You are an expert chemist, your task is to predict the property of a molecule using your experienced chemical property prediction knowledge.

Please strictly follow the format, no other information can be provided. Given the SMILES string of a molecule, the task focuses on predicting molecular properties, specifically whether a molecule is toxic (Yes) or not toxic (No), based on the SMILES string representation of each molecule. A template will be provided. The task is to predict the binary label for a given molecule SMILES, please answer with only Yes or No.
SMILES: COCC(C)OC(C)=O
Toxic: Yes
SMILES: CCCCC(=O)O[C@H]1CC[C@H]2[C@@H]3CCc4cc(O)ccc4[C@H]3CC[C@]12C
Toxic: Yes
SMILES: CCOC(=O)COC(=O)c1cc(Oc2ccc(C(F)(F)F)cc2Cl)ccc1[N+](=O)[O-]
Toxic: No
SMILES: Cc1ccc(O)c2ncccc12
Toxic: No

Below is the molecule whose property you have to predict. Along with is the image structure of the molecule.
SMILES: FC(F)(F)C(Cl)Br
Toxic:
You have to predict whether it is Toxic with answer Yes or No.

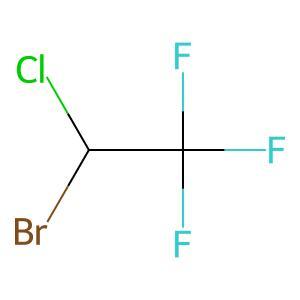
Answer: No